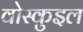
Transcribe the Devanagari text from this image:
वोस्कुइल